Annual report of the Punjab Veterinary College and of the Civil Veterinary Department, Punjab - 1894-1908
Year: 1894
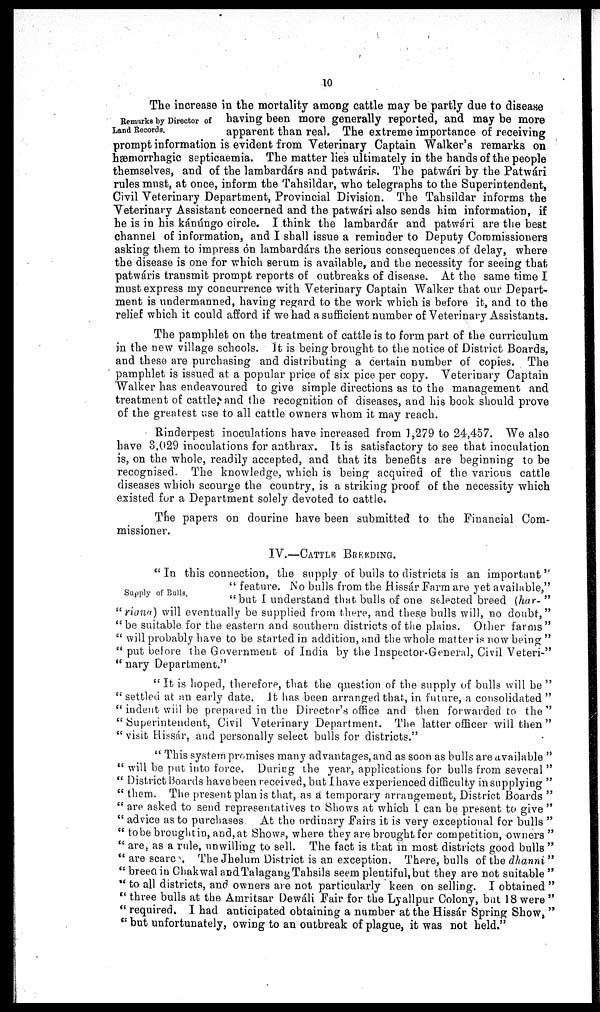
10
Remarks by Director of
Land Records.
The increase in the mortality among cattle may be partly due to disease
having been more generally reported, and may be more
apparent than real. The extreme importance of receiving
prompt information is evident from Veterinary Captain Walker's remarks on
hæmorrhagic septicaemia. The matter lies ultimately in the hands of the people
themselves, and of the lambardárs and patwáris. The patwári by the Patwári
rules must, at once, inform the Tahsildar, who telegraphs to the Superintendent,
Civil Veterinary Department, Provincial Division. The Tahsildar informs the
Veterinary Assistant concerned and the patwári also sends him information, if
he is in his kánúngo circle. I think the lambardár and patwári are the best
channel of information, and I shall issue a reminder to Deputy Commissioners
asking them to impress on lambardárs the serious consequences of delay, where
the disease is one for which serum is available, and the necessity for seeing that
patwáris transmit prompt reports of outbreaks of disease. At the same time I
must express my concurrence with Veterinary Captain Walker that our Depart-
ment is undermanned, having regard to the work which is before it, and to the
relief which it could afford if we had a sufficient number of Veterinary Assistants.
The pamphlet on the treatment of cattle is to form part of the curriculum
in the new village schools. It is being brought to the notice of District Boards,
and these are purchasing and distributing a certain number of copies. The
pamphlet is issued at a popular price of six pice per copy. Veterinary Captain
Walker has endeavoured to give simple directions as to the management and
treatment of cattle, and the recognition of diseases, and his book should prove
of the greatest use to all cattle owners whom it may reach.
Rinderpest inoculations have increased from 1,279 to 24,457. We also
have 3,029 inoculations for anthrax. It is satisfactory to see that inoculation
is, on the whole, readily accepted, and that its benefits are beginning to be
recognised. The knowledge, which is being acquired of the various cattle
diseases which scourge the country, is a striking proof of the necessity which
existed for a Department solely devoted to cattle.
The papers on dourine have been submitted to the Financial Com-
missioner.
IV.—CATTLE BREEDING.
Supply of Bulls.
"In this connection, the supply of bulls to districts is an important"
" feature. No bulls from the Hissár Farm are yet available,"
"but 1 understand that bulls of one selected breed (har- "
" riana) will eventually be supplied from there, and these bulls will, no doubt,"
"be suitable for the eastern and southern districts of the plains. Other farms"
" will probably have to be started in addition, and the whole matter is now being "
" put before the Government of India by the Inspector-General, Civil Veteri-"
" nary Department."
" It is hoped, therefore, that the question of the supply of bulls will be "
" settled at an early date. It has been arranged that, in future, a consolidated "
" indent will be prepared in the Director's office and then forwarded to the"
"Superintendent, Civil Veterinary Department. The latter officer will then"
"visit Hissár, and personally select bulls for districts."
" This system promises many advantages, and as soon as bulls are available "
" will be put into force. During the year, applications for bulls from several "
" District Boards have been received, but I have experienced difficulty in supplying "
" them. The present plan is that, as a temporary arrangement, District Boards "
" are asked to send representatives to Shows at which I can be present to give "
" advice as to purchases
At the ordinary Fairs it is very exceptional for bulls "
" to be broughtin, and, at Shows, where they are brought for competition, owners "
" are, as a rule, unwilling to sell. The fact is that in most districts good bulls "
" are scare . The Jhelum District is an exception. There, bulls of the dhanni "
" breed in Chakwal and Talagang Tahsils seem plentiful,but they are not suitable "
" to all districts, and owners are not particularly keen on selling. I obtained "
"three bulls at the Amritsar Dewáli Fair for the Lyallpur Colony, but 18 were "
" required. I had anticipated obtaining a number at the Hissár Spring Show, "
" but unfortunately, owing to an outbreak of plague, it was not held."